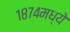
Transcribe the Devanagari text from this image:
१८७४मध्ये